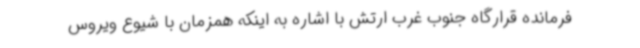
فرمانده قرارگاه جنوب غرب ارتش با اشاره به اینکه همزمان با شیوع ویروس